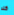
كلا